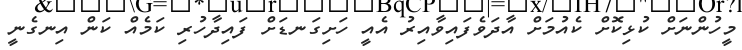
މީހުންނަށް ކުޅިކޮށް ކެއުމަށް އާދަވެފައިވާއިރު އެއީ ހަށިގަނޑަށް ފައިދާހުރި ކަމެއް ކަން އިނގެނީ